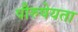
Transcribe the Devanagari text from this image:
पौरुषेयता